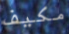
مكيف